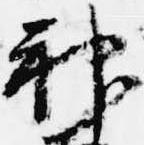
神